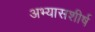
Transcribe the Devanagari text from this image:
अभ्यासशीर्ष